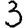
Digit: 3